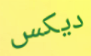
ديكس